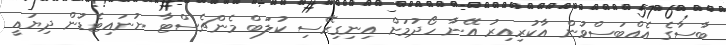
ބާސާގެ އެއްބަސްވުން އާކުރިިއިރު އޭނާ ހޯދުމަށް އިނިގިރޭސި ކުލަބް މެންޗެސްޓާ ޔުނައިޓެޑުން ދިޔައީ